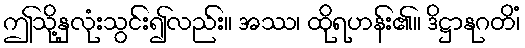
ဤသို့နှလုံးသွင်း၍လည်း။ အဿ၊ ထိုရဟန်း၏။ ဒိဋ္ဌာနုဂတိံ၊